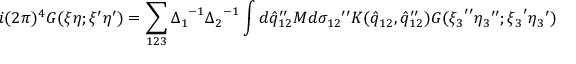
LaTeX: i ( 2 \pi ) ^ { 4 } G ( \xi \eta ; { \xi } ^ { \prime } { \eta } ^ { \prime } ) = \sum _ { 1 2 3 } { \Delta _ { 1 } } ^ { - 1 } { \Delta _ { 2 } } ^ { - 1 } \int d { { \hat { q } } _ { 1 2 } } ^ { \prime \prime } M d { \sigma _ { 1 2 } } ^ { \prime \prime } K ( { \hat { q } } _ { 1 2 } , { { \hat { q } } _ { 1 2 } } ^ { \prime \prime } ) G ( { \xi _ { 3 } } ^ { \prime \prime } { \eta _ { 3 } } ^ { \prime \prime } ; { \xi _ { 3 } } ^ { \prime } { \eta _ { 3 } } ^ { \prime } )